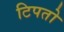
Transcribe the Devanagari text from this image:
टिपतो